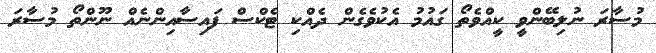
މުސާރަ ނުލިބޭންވީ ކީއްވެތޯ ގައުމު އެކުވެގެން ދެއްކި ޓެކްސް ފައިސާއިންނެއް ނޫންތޯ މުސާރަ